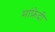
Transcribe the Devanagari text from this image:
मांफ्रेदी